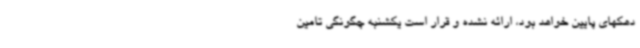
دهکهای پایین خواهد بود، ارائه نشده و قرار است یکشنبه چگونگی تامین